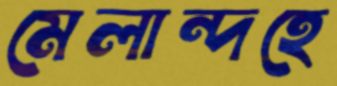
মেলান্দহে